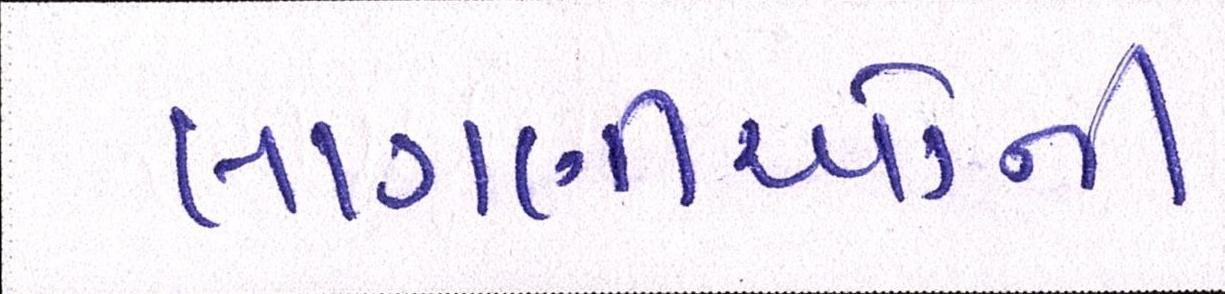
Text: લાગણીઓની